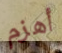
أهزم